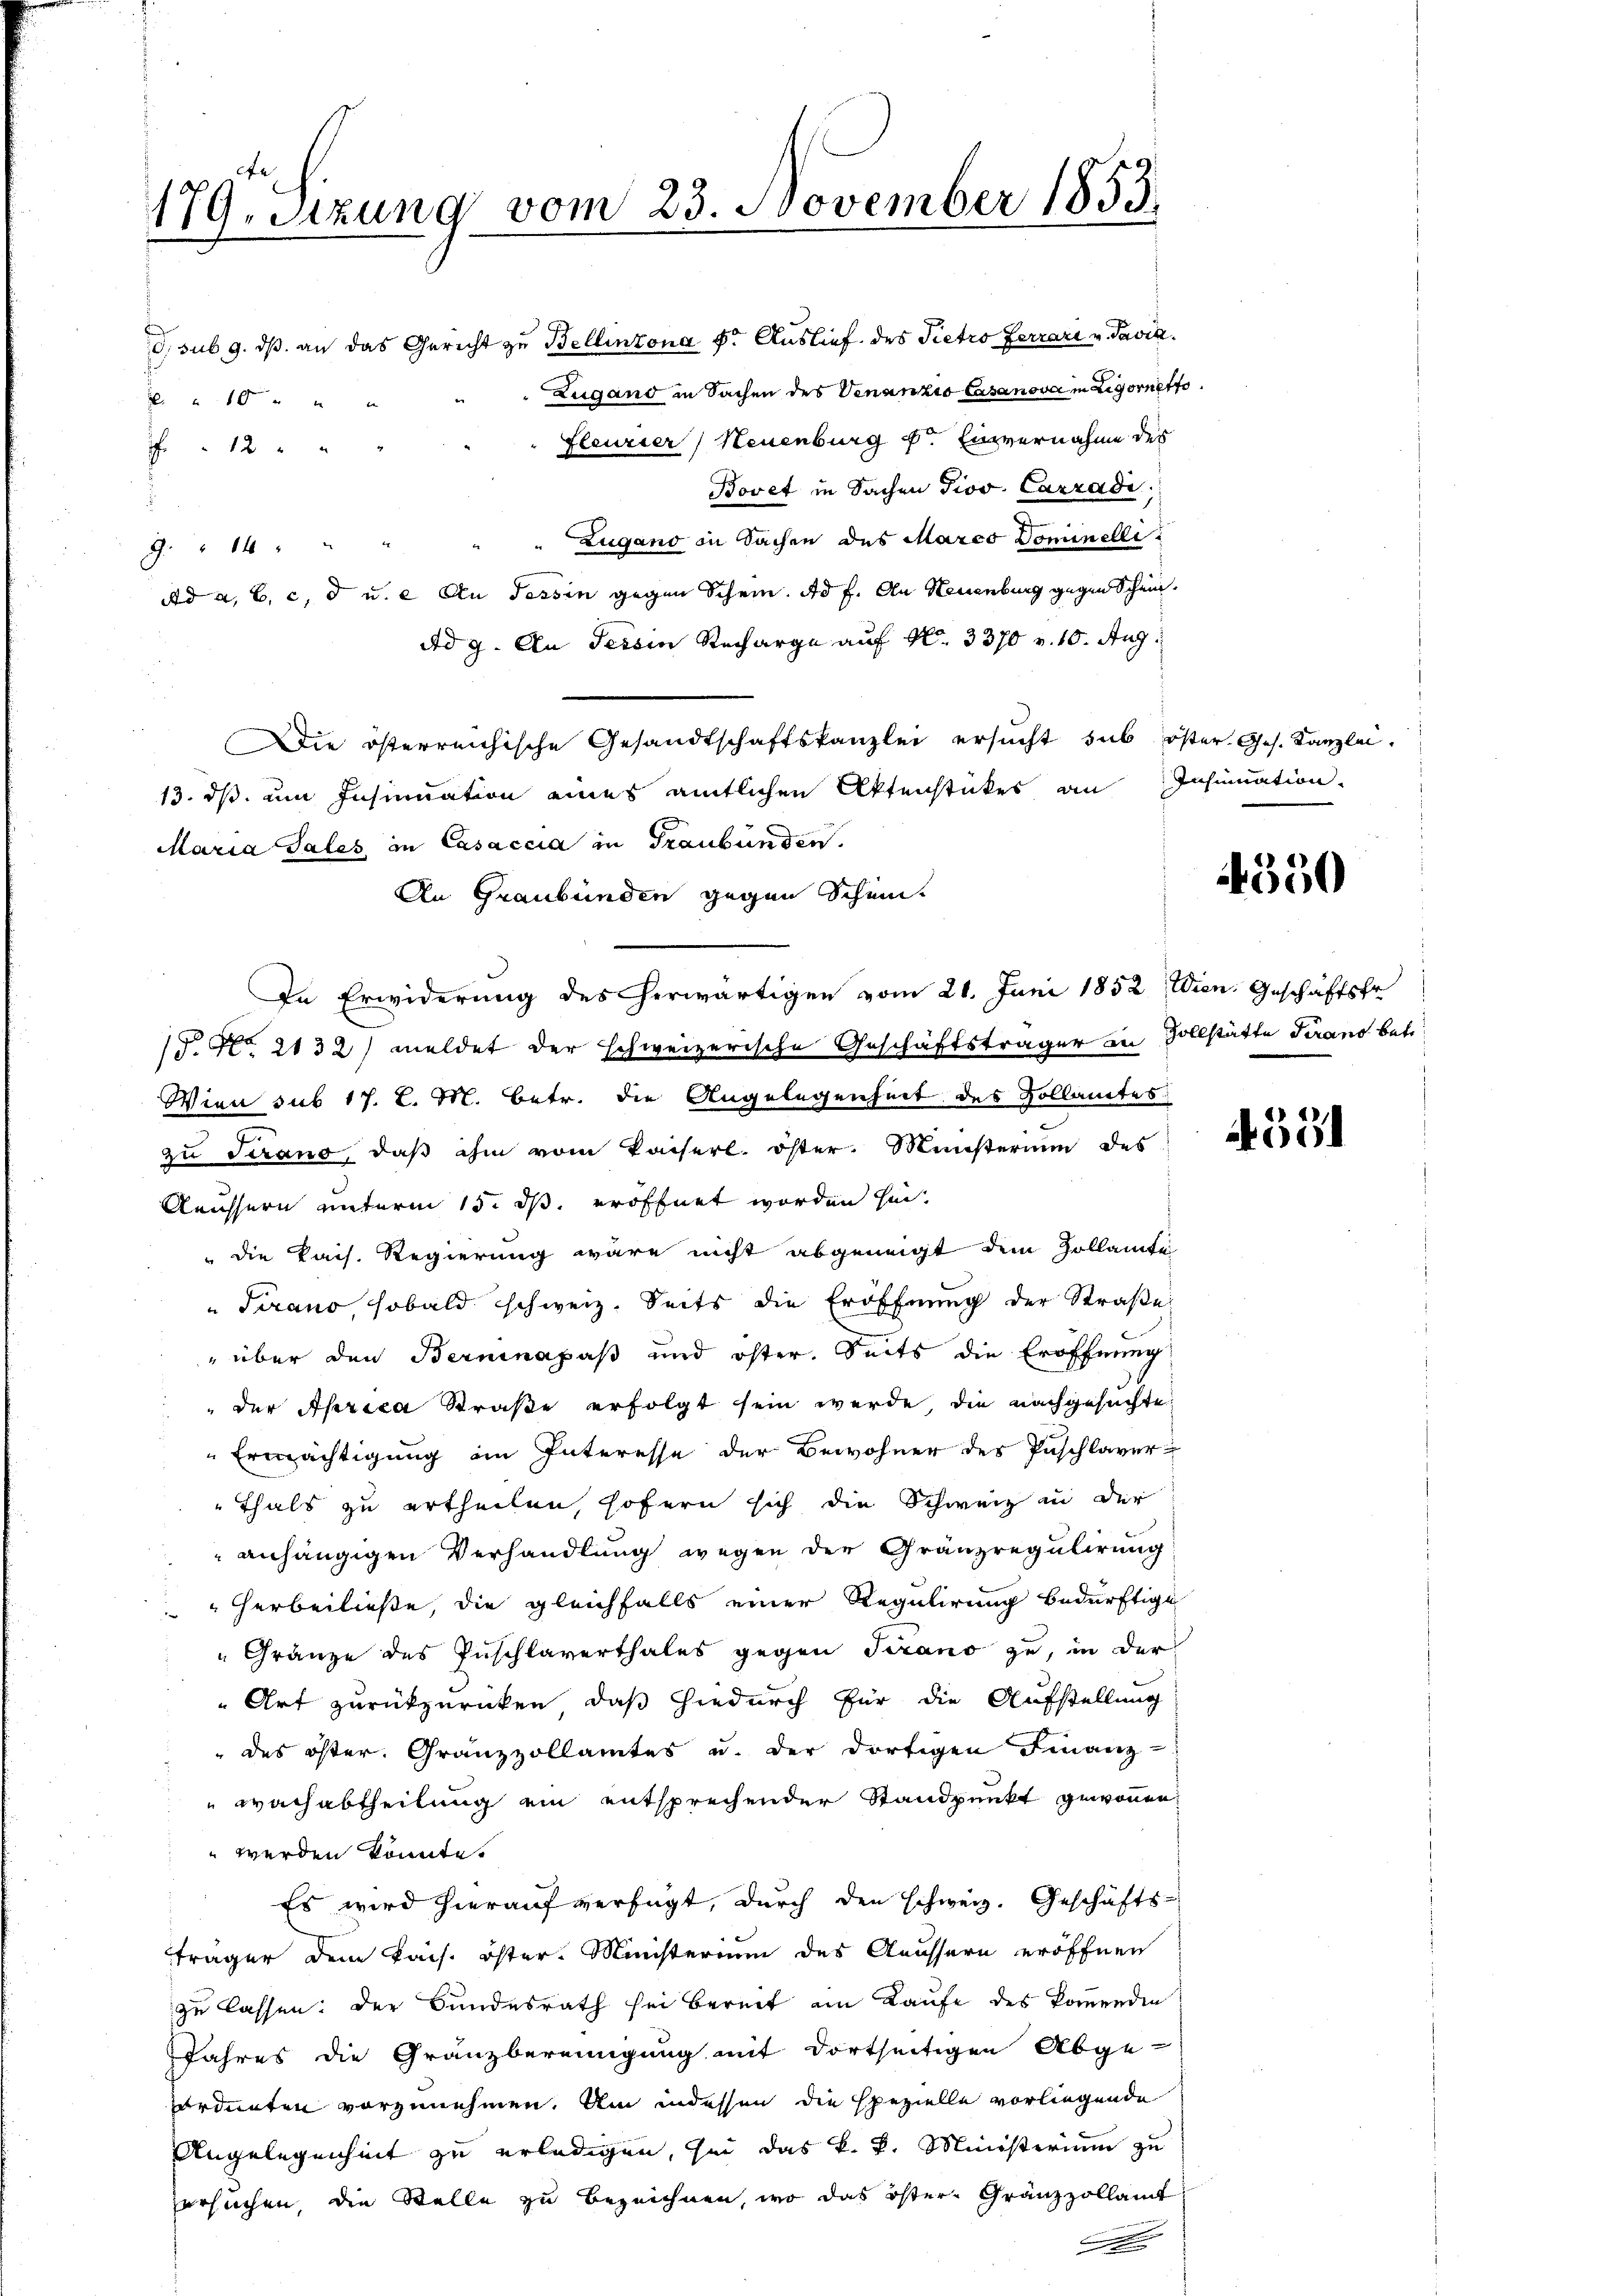
179. Sitzung vom 23. November 1853.

In Erwiderung des herwärtigen vom 21. Juni 1852 Wien. Geschäftsfr

d sub 9. ds. an das Gericht zu Bellinzona v. Auslief des Pietro Ferrari v. Pavia.
Lugand in Sachen des Venanzio Casanova in Ligornetto
10
fleurier) Neuenburg f. Einvernahme des
12
Bovet in Sachen Piov. Carradi
d
Zugano in Sachen des Marco Dominelli
g." 14.
Ad a, b, c, d u. e Au Tessin gegen Schein. Ad f. An Soneburg gegen Schein¬
Ad 9. An Tessin Recharge auf Nr. 3370 v. 10. Aug.
Die österreichische Gesandtschaftskanzlei ersucht sub öster Ges. Kanzlei.
13. ds um Insinuation eines amtlichen Aktenstückes an Insinuation
Maria Tales in Casaccia in Graubünden.
An Graubünden gegen Schein
/. No. 2132) meldet der schweizerische Geschäftsträger in Vollstätte Tirano betr
Wien sub 17. L. M. Betr. die Angelegenheit des Dollamtes
zu Strano, daß ihm vom Kaiserl. öster. Ministerium des
Aeussern unterm 15. ds. eröffnet worden sei.
die Pais. Regierung wäre nicht abgeneigt dem Zollamte
Tirano sobald schweiz. Seits die Eröffnung der Straβe
" über den Berninapaß und öster. Seits die Eröffnung
 der Akrica Straße erfolgt sein werde, die nachgesuchte
Ermächtigung im Interesse der Bewohner des Puschlaver-
Thals zu ertheilen, sofern sich die Schweiz an der
anhängigen Verhandlung wegen der Gränzregulirung
herbeiließe, die gleichfalls einer Regulirung bedürftige
"Gränze des Zuschlaverthales gegen Tirano zu, in der
Art zurückzurücken, daß hiedurch für die Aufstellung
" des öster. Gränzzollamtes u. der dortigen Finanz-
 Wachabtheilung ein entsprechender Standpunkt gewonnen
 werden könnte.
Es wird hierauf verfügt, durch den schweiz. Geschäfts-
träger dem kais. öster-Ministerium des Aeussern eröffnen
zu lassen: der Bundesrath sei bereit am Laufe des kommenden
Jahres die Granzbereinigung mit dortseitigen Abgeordneten vorzunehmen. Um indessen die spezielle vorliegende
Angelegenheit zu erledigen, sei das k. k. Ministerium zu
ersuchen, die Stelle zu bezeichnen, wo das östere Gränzzollamt
t

4350

4331